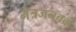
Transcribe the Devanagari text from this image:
नेत्रजनचक्र